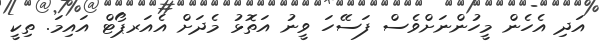
އަދި އެހެން މީހުންނަށްވެސް ފަސޭހަ ވީނު އަތޮޅު މެދަށް އެއަރޕޯޓް އައިމަަ. ތިކީ